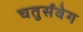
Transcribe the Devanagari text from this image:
चतुर्संवेग